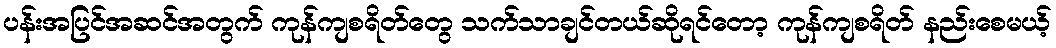
ပန်းအပြင်အဆင်အတွက် ကုန်ကျစရိတ်တွေ သက်သာချင်တယ်ဆိုရင်တော့ ကုန်ကျစရိတ် နည်းစေမယ့်